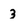
Character: 3